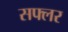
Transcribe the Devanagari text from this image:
सफ्लर